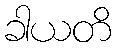
ခါယတိ